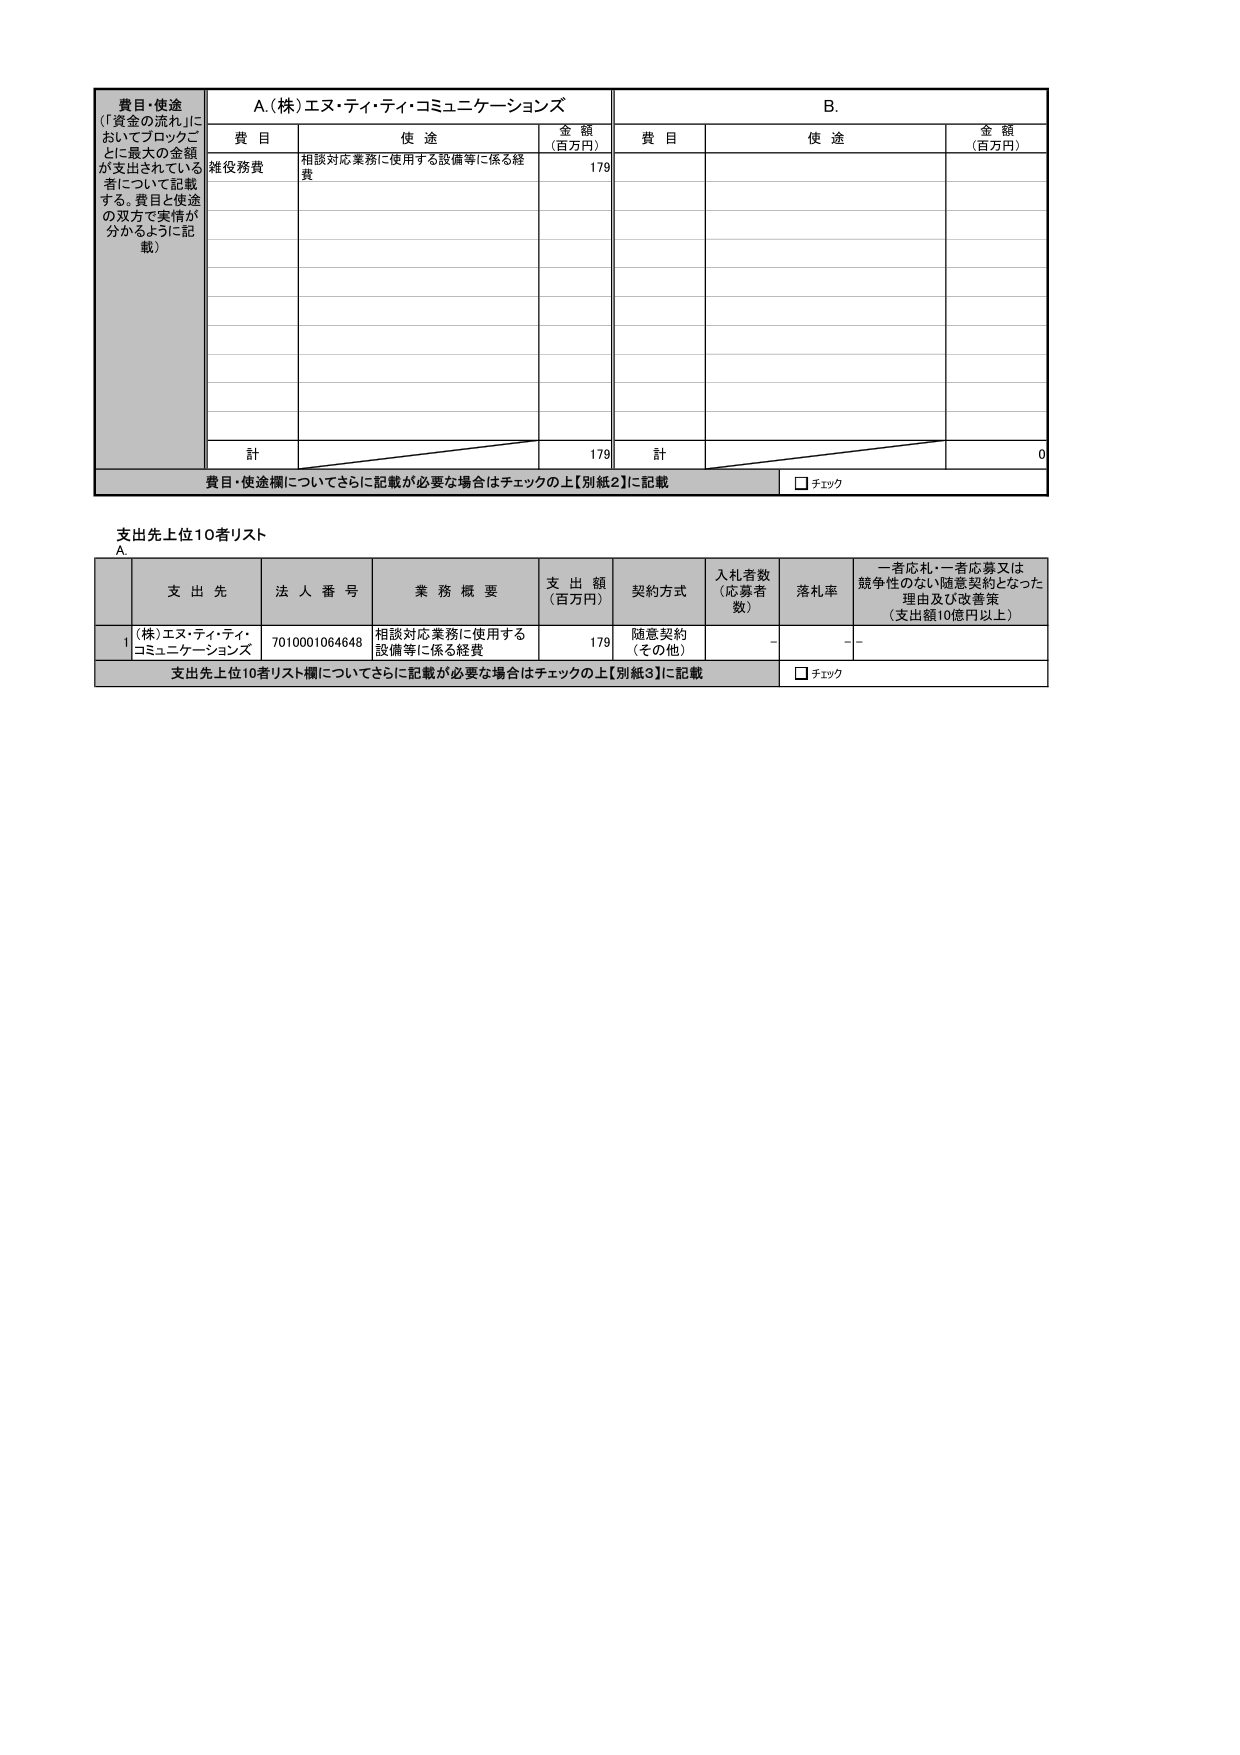
費目・使途
（「資金の流れ」においてブロックごとに最大の金額が支出されている者について記載する。費目と使途の双方で実情が分かるように記載）

A.（株）エヌ・ティ・ティ・コミュニケーションズ

費目